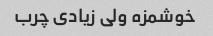
خوشمزه ولی زیادی چرب